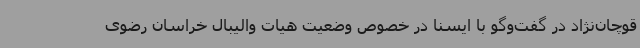
قوچان‌نژاد در گفت‌وگو با ایسنا در خصوص وضعیت هیات والیبال خراسان رضوی